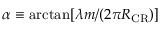
\alpha \equiv \arctan [ \lambda m / ( 2 \pi R _ { \mathrm { C R } } ) ]